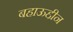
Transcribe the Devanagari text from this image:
बहाऊद्दीन